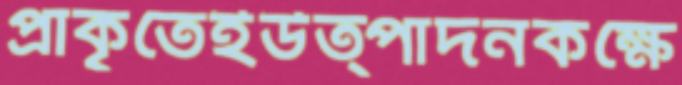
প্রাকৃতেইউত্পাদনকক্ষে